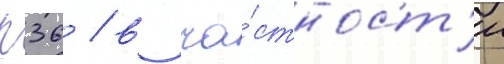
п36 / в ча́стност'и